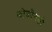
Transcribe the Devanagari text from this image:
कोकोनको